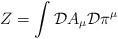
LaTeX: \begin{align*}Z = \int {\cal D} A_\mu {\cal D} \pi^\mu\end{align*}